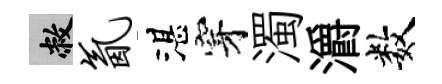
敝氤湛穿濁灂数